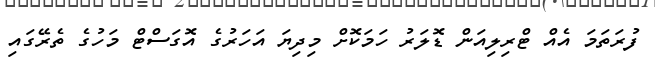
ފުރަތަމަ އެއް ޓްރިލިއަން ޑޮލަރު ހަމަކޮށް މިދިޔަ އަހަރުގެ އޮގަސްޓް މަހުގެ ތެރޭގައި